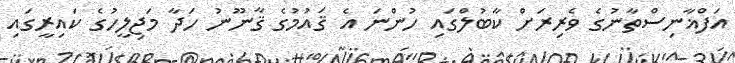
އަފްޣާނިސްތާނުގެ ވެރިރަށް ކާބުލްގައި ހުންނަ އެ ޤައުމުގެ ޤާނޫނު ހަދާ މަޖިލީހުގެ ކައިރީގައި